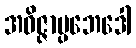
အဝိဇ္ဇာပ္ပဘေဒေါ